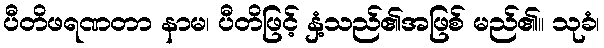
ပီတိဖရဏတာ နာမ၊ ပီတိဖြင့် နှံ့သည်၏အဖြစ် မည်၏။ သုခံ၊